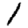
Digit: 1